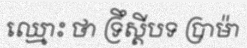
ឈ្មោះ ថា ទ្រឹស្តីបទ ប្រាម៉ា